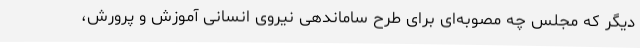
دیگر که مجلس چه مصوبه‌ای برای طرح ساماندهی نیروی انسانی آموزش و پرورش،